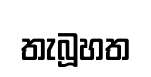
තැබූහත